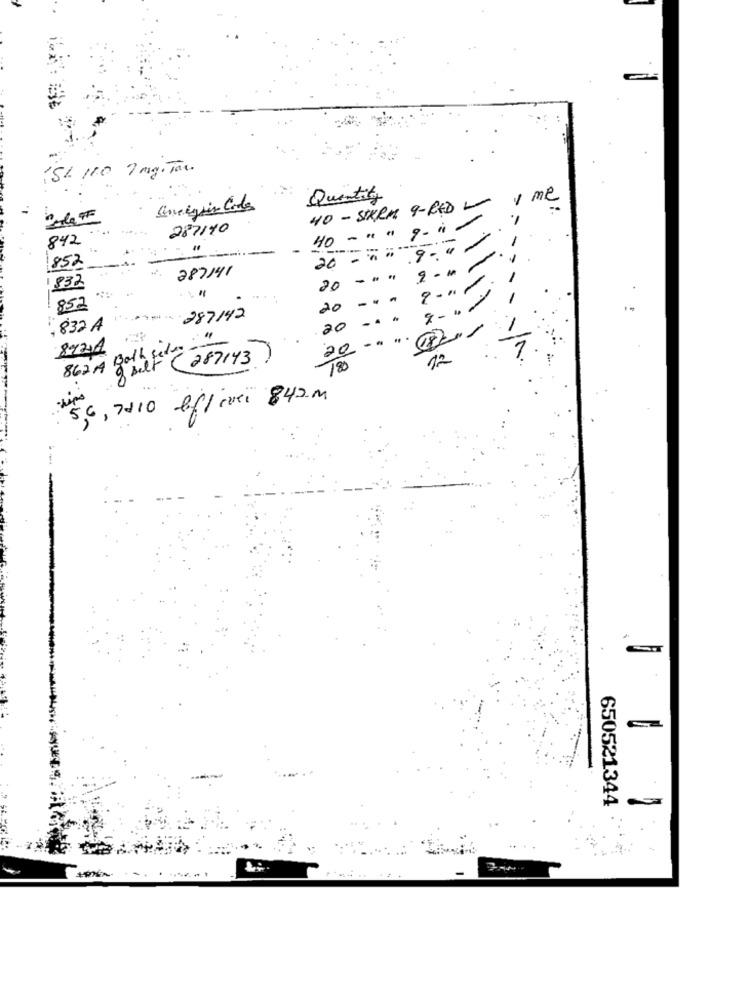
SL 110 7 mg. Tau
Quantity
40 - SIKRE 9- RED - 1 ML
287140
40-""9-i-
842
20 -"".9."-
852
287141
20 ------
832
20 === ===-
852
Pol .x. - 287142
20 -..
, 832 A
20 -...-
842A
12
862A
g selt (287143)
180
5,6, 7010 ef/ evei 842m
650521344